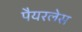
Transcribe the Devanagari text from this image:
पैयरलेस